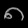
Digit: ၈